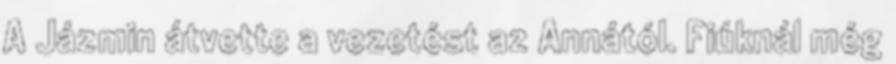
A Jázmin átvette a vezetést az Annától. Fiúknál még